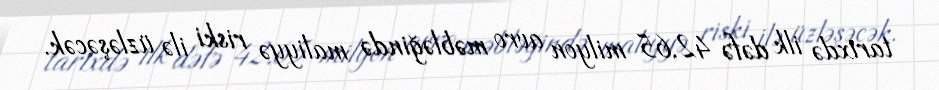
tarixdə ilk dəfə 42,65 milyon avro məbləğində maliyyə riski ilə üzləşəcək.